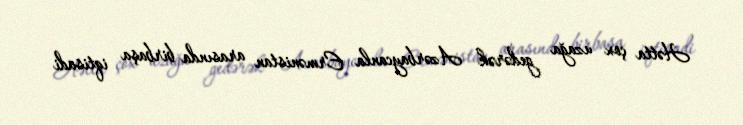
Hətta çox uzağa gedərək Azərbaycanla Ermənistan arasında birbaşa iqtisadi